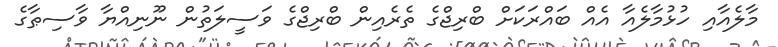
މާލެއާއި ހުޅުމާލެއާ އެއް ބައްރަކަށް ބްރިޖްގެ ތެރެއިން ބްރިޖްގެ ވަސީލަތުން ނޫނިއްޔާ ވާސިޠާގެ